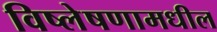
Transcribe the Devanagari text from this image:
विष्लेषणामधील